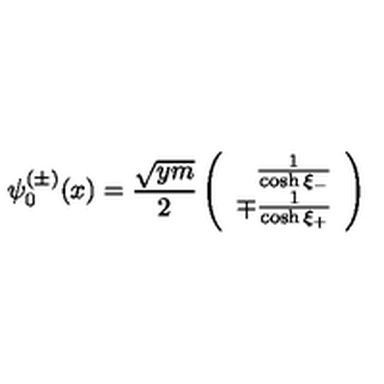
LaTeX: \psi _ { 0 } ^ { ( \pm ) } ( x ) = \frac { \sqrt { y m } } { 2 } \left( \begin{array} { r } { \frac { 1 } { \cosh \xi _ { - } } } \\ { \mp \frac { 1 } { \cosh \xi _ { + } } } \\ \end{array} \right)